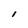
Character: l